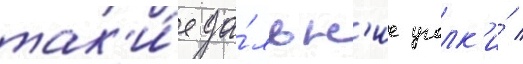
так'и́е да́льн'ие уголк'и́ /